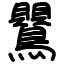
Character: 鸎